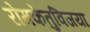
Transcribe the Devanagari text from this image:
रोमकेतुविजया